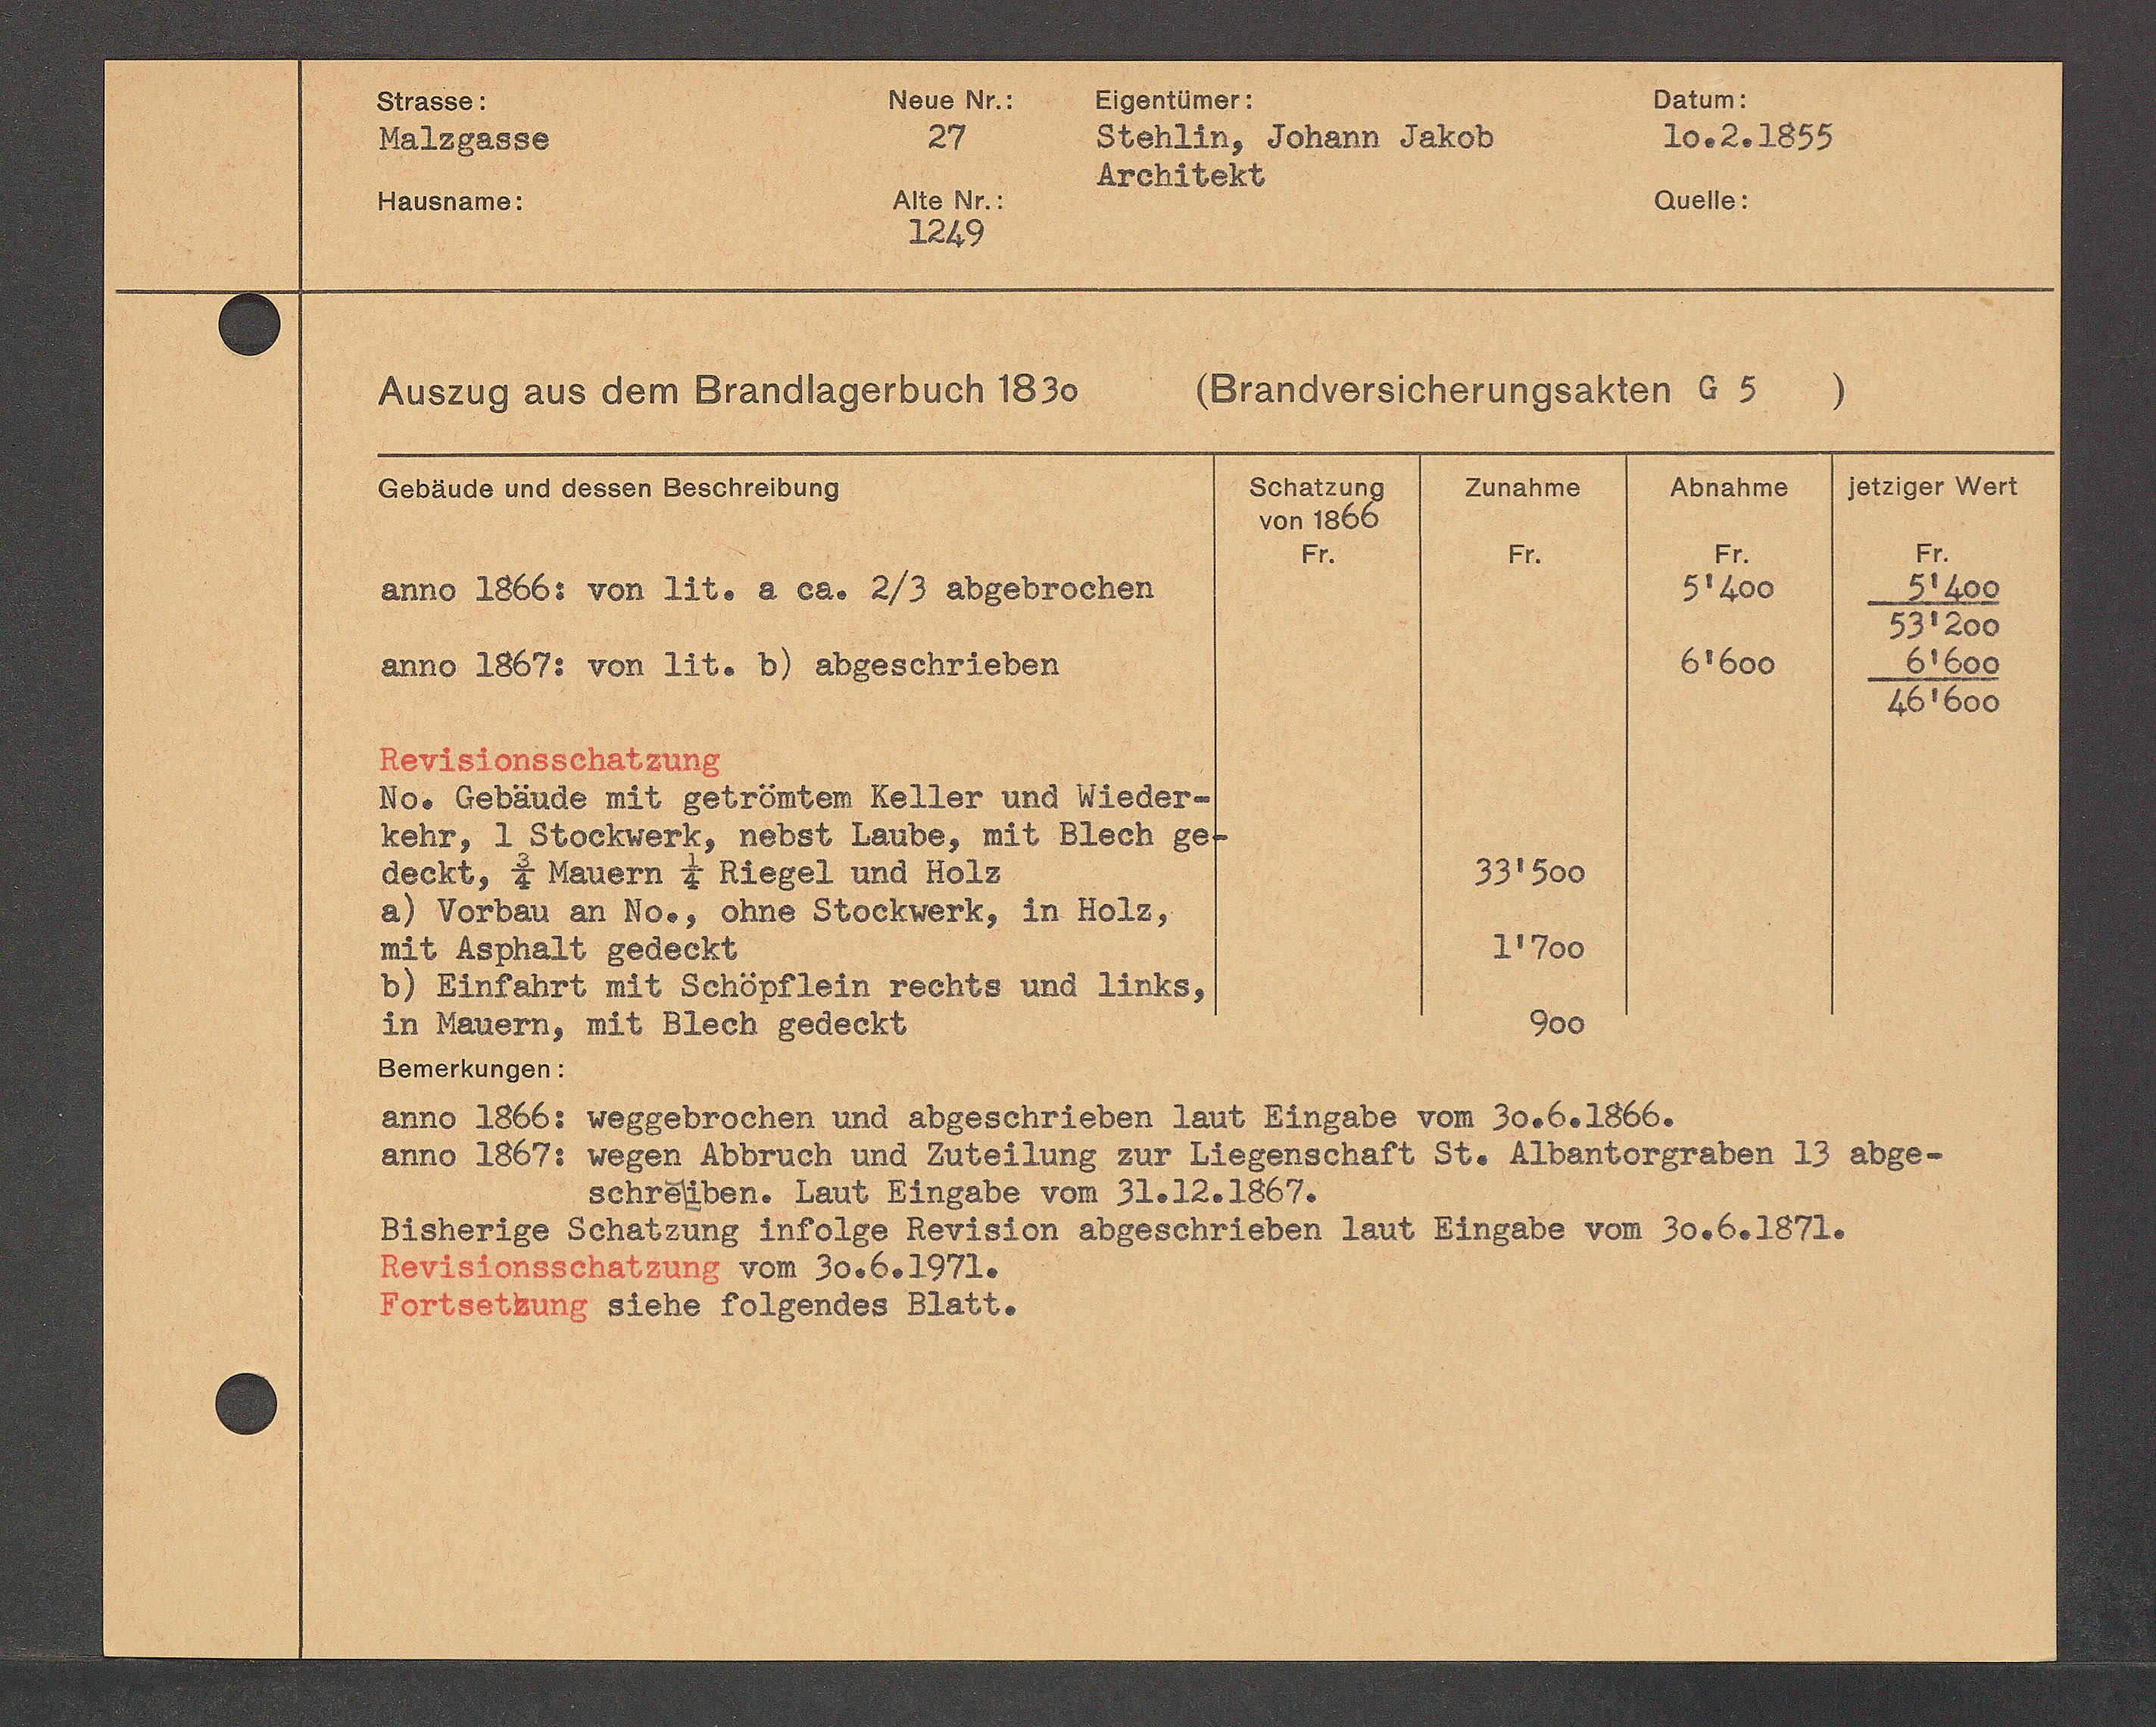
Transcript:
673 von 171.

zinahme

in8 vom 30cb. 1977.
ze folgendes Btatt¬
ze Rertston abgeschrteben laut Eingabe von 300 b. 1872.
1867.
Et St. Aibantorgraben 13 abge
331301.
11701
Gol
66

75.